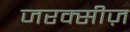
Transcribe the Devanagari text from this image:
जरक्सीज़